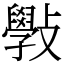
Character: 斅